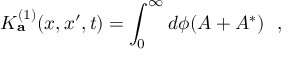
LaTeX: K _ { \bf a } ^ { ( 1 ) } ( x , x ^ { \prime } , t ) = \int _ { 0 } ^ { \infty } d \phi ( A + A ^ { * } ) ~ ~ ,